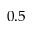
0 . 5